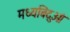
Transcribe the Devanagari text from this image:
मध्यबिंदुओं